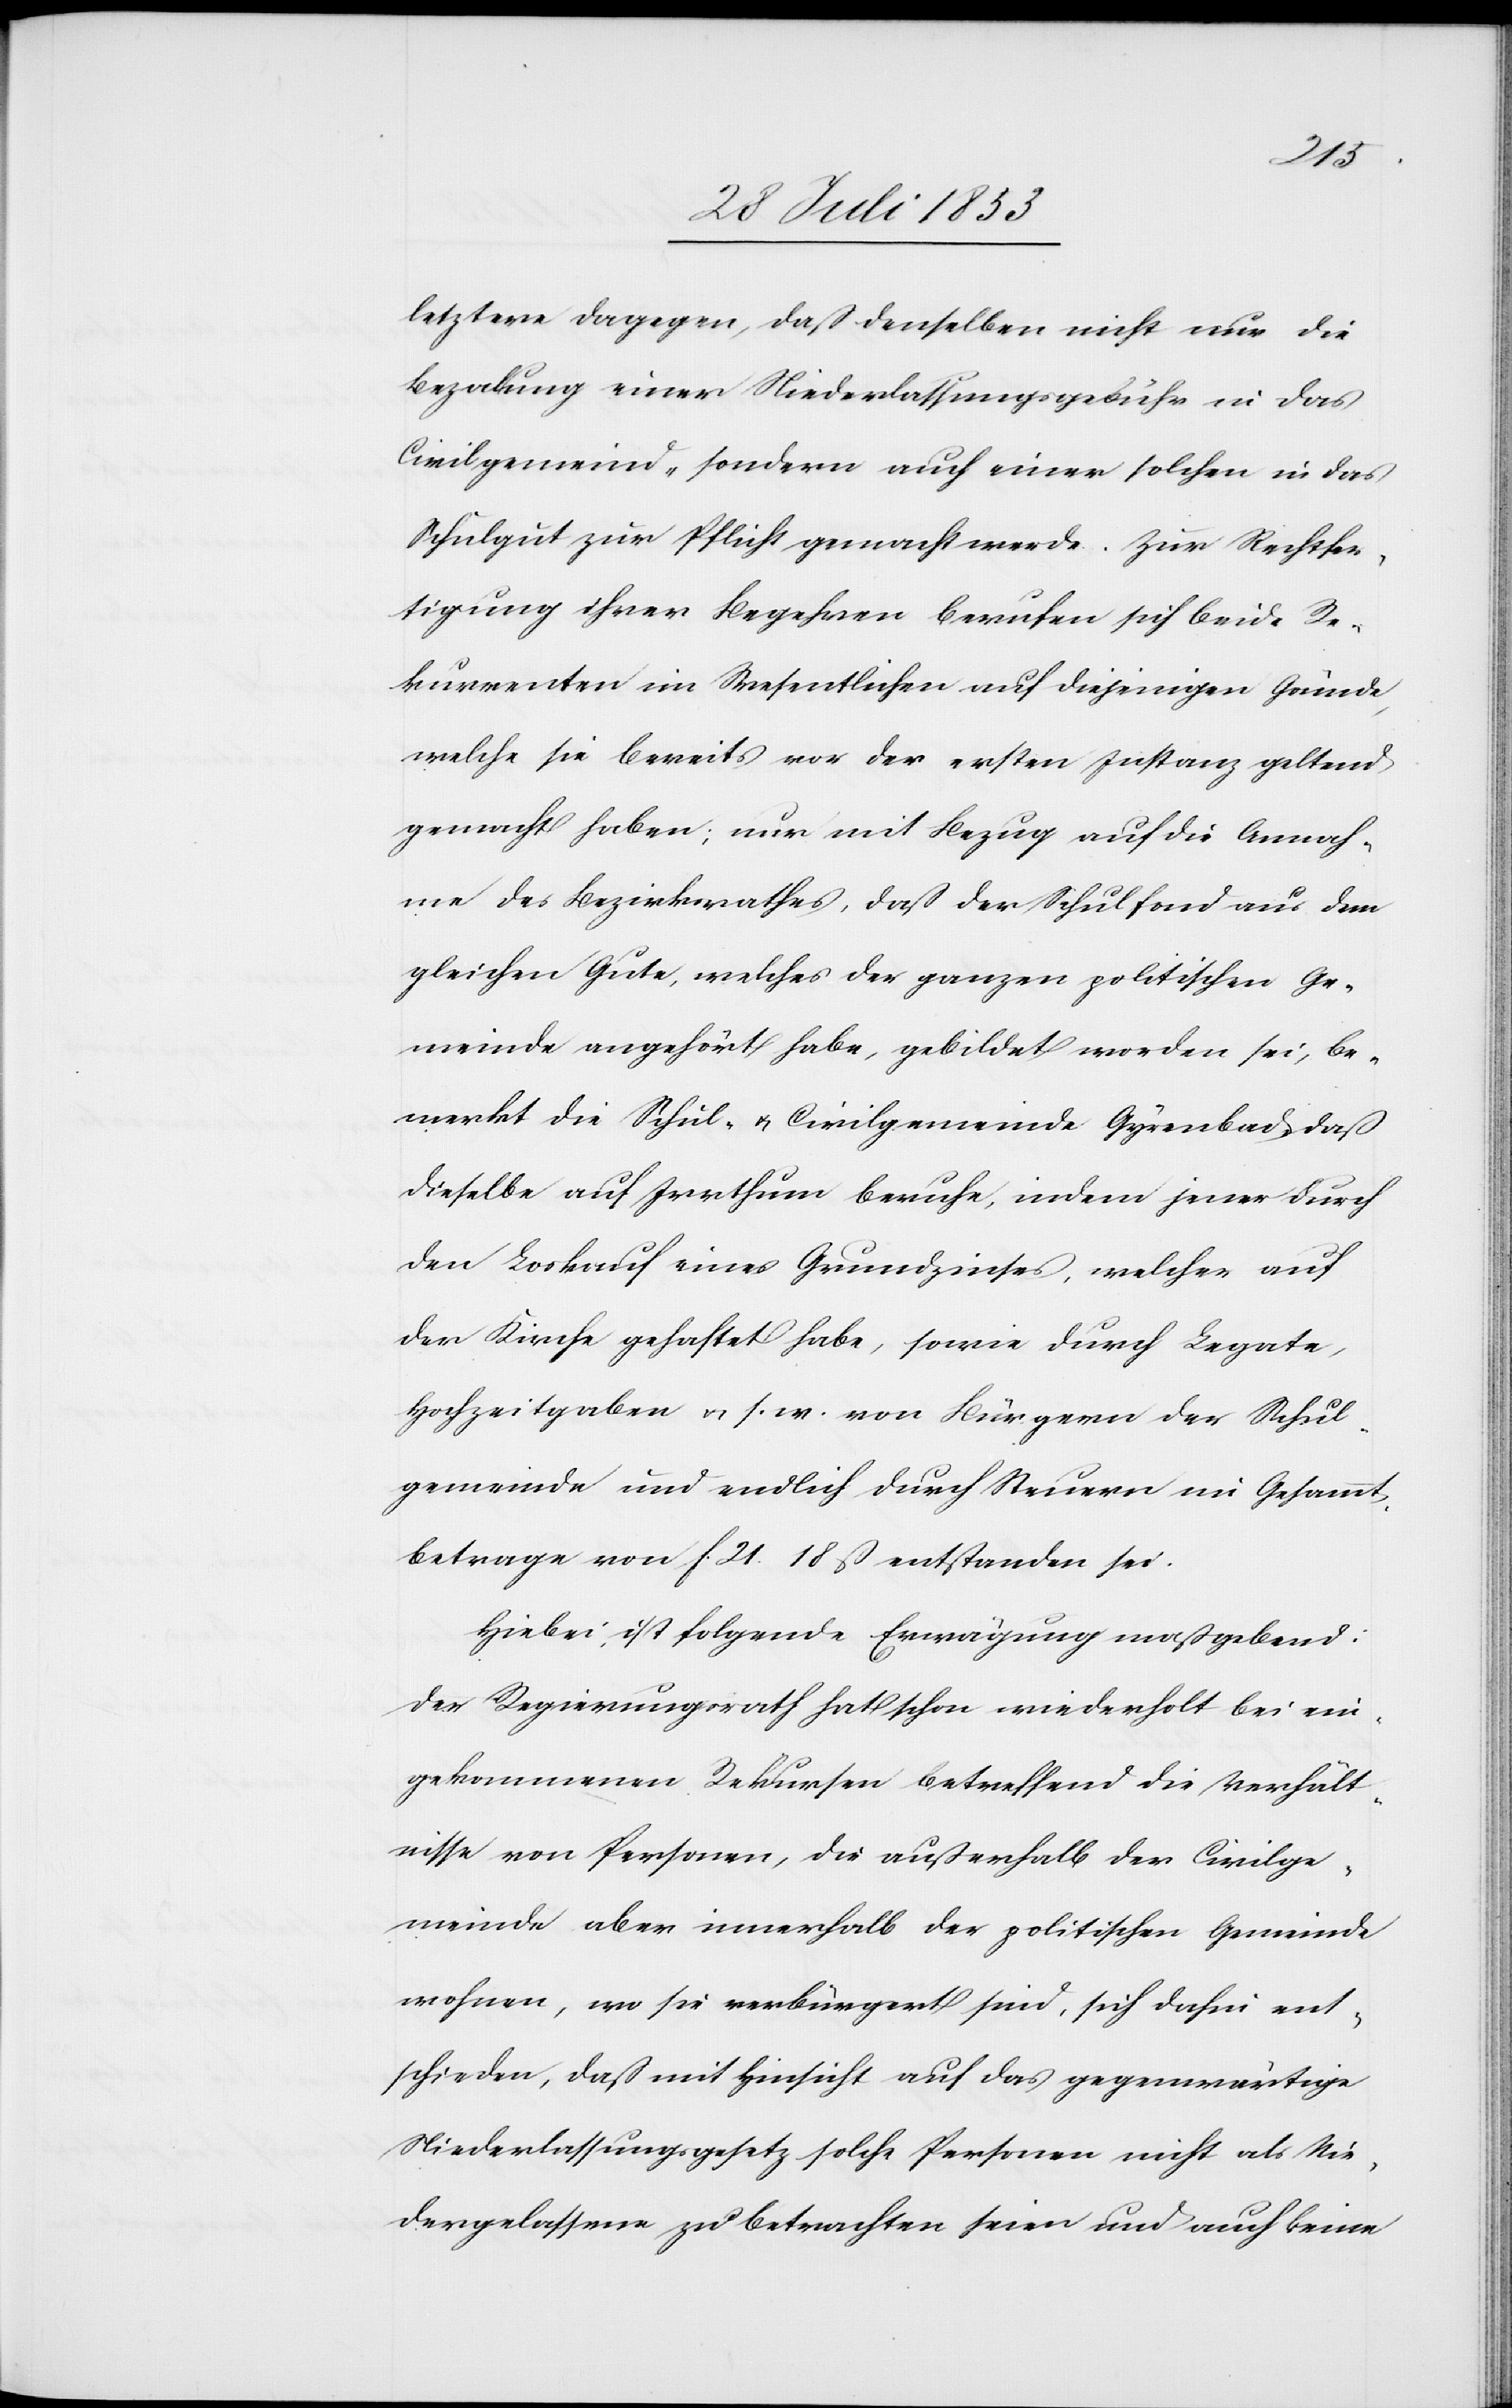
letztere dagegen, daß denselben nicht nur die
Bezalung einer Niederlassungsgebühr in das
Civilgemeind- sondern auch einer solchen in das
Schulgut zur Pflicht gemacht werde. Zur Rechtfer¬
tigung ihrer Begehren berufen sich beide Re¬
kurrenten im Wesentlichen auf diejenigen Gründe,
welche sie bereits vor der ersten Instanz geltend
gemacht haben; nur mit Bezug auf die Annah¬
me des Bezirksrathes, daß der Schulfond aus dem
gleichen Gute, welches der ganzen politischen Ge¬
meinde angehört habe, gebildet worden sei, be¬
merkt die Schul- u. Civilgemeinde Gyrenbad daß
dieselbe auf Irrthum beruhe, indem jener durch
den Loskauf eines Grundzinses, welcher auf
der Kirche gehaftet habe, sowie durch Legate,
Hochzeitgaben u. s. w. von Bürgern der Schul¬
gemeinde und endlich durch Steuern im Gesammt¬
betrage von f. 21.18 C entstanden sei.
Hiebei ist folgende Erwägung maßgebend:
Der Regierungsrath hat schon wiederholt bei ein¬
gekommenen Rekursen betreffend die Verhält¬
nisse von Personen, die außerhalb der Civilge¬
meinde aber innerhalb der politischen Gemeinde
wohnen, wo sie verbürgert sind, sich dahin ent¬
schieden, daß mit Hinsicht auf das gegenwärtige
Niederlassungsgesetz solche Personen nicht als Nie¬
dergelassene zu betrachten seien und auch keine